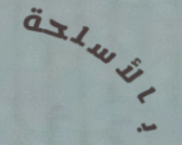
بالأسلحة